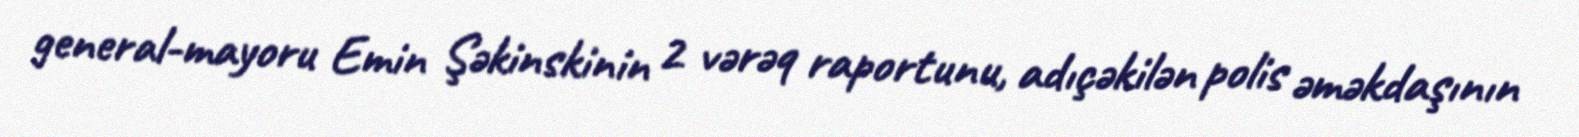
general-mayoru Emin Şəkinskinin 2 vərəq raportunu, adıçəkilən polis əməkdaşının